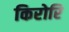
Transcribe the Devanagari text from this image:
किरोरि